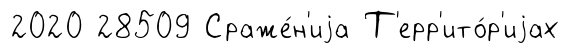
2020 28509 Сраже́н'иjа Т'ерр'ито́р'иjах